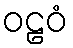
ဝဠဝံ